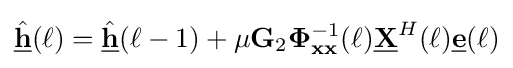
{\underline {\hat {\mathbf {h} }}}(\ell )={\underline {\hat {\mathbf {h} }}}(\ell -1)+\mu \mathbf {G} _{2}\mathbf {\Phi } _{\mathbf {xx} }^{-1}(\ell ){\underline {\mathbf {X} }}^{H}(\ell ){\underline {\mathbf {e} }}(\ell )